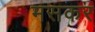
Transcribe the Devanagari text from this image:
मसकर